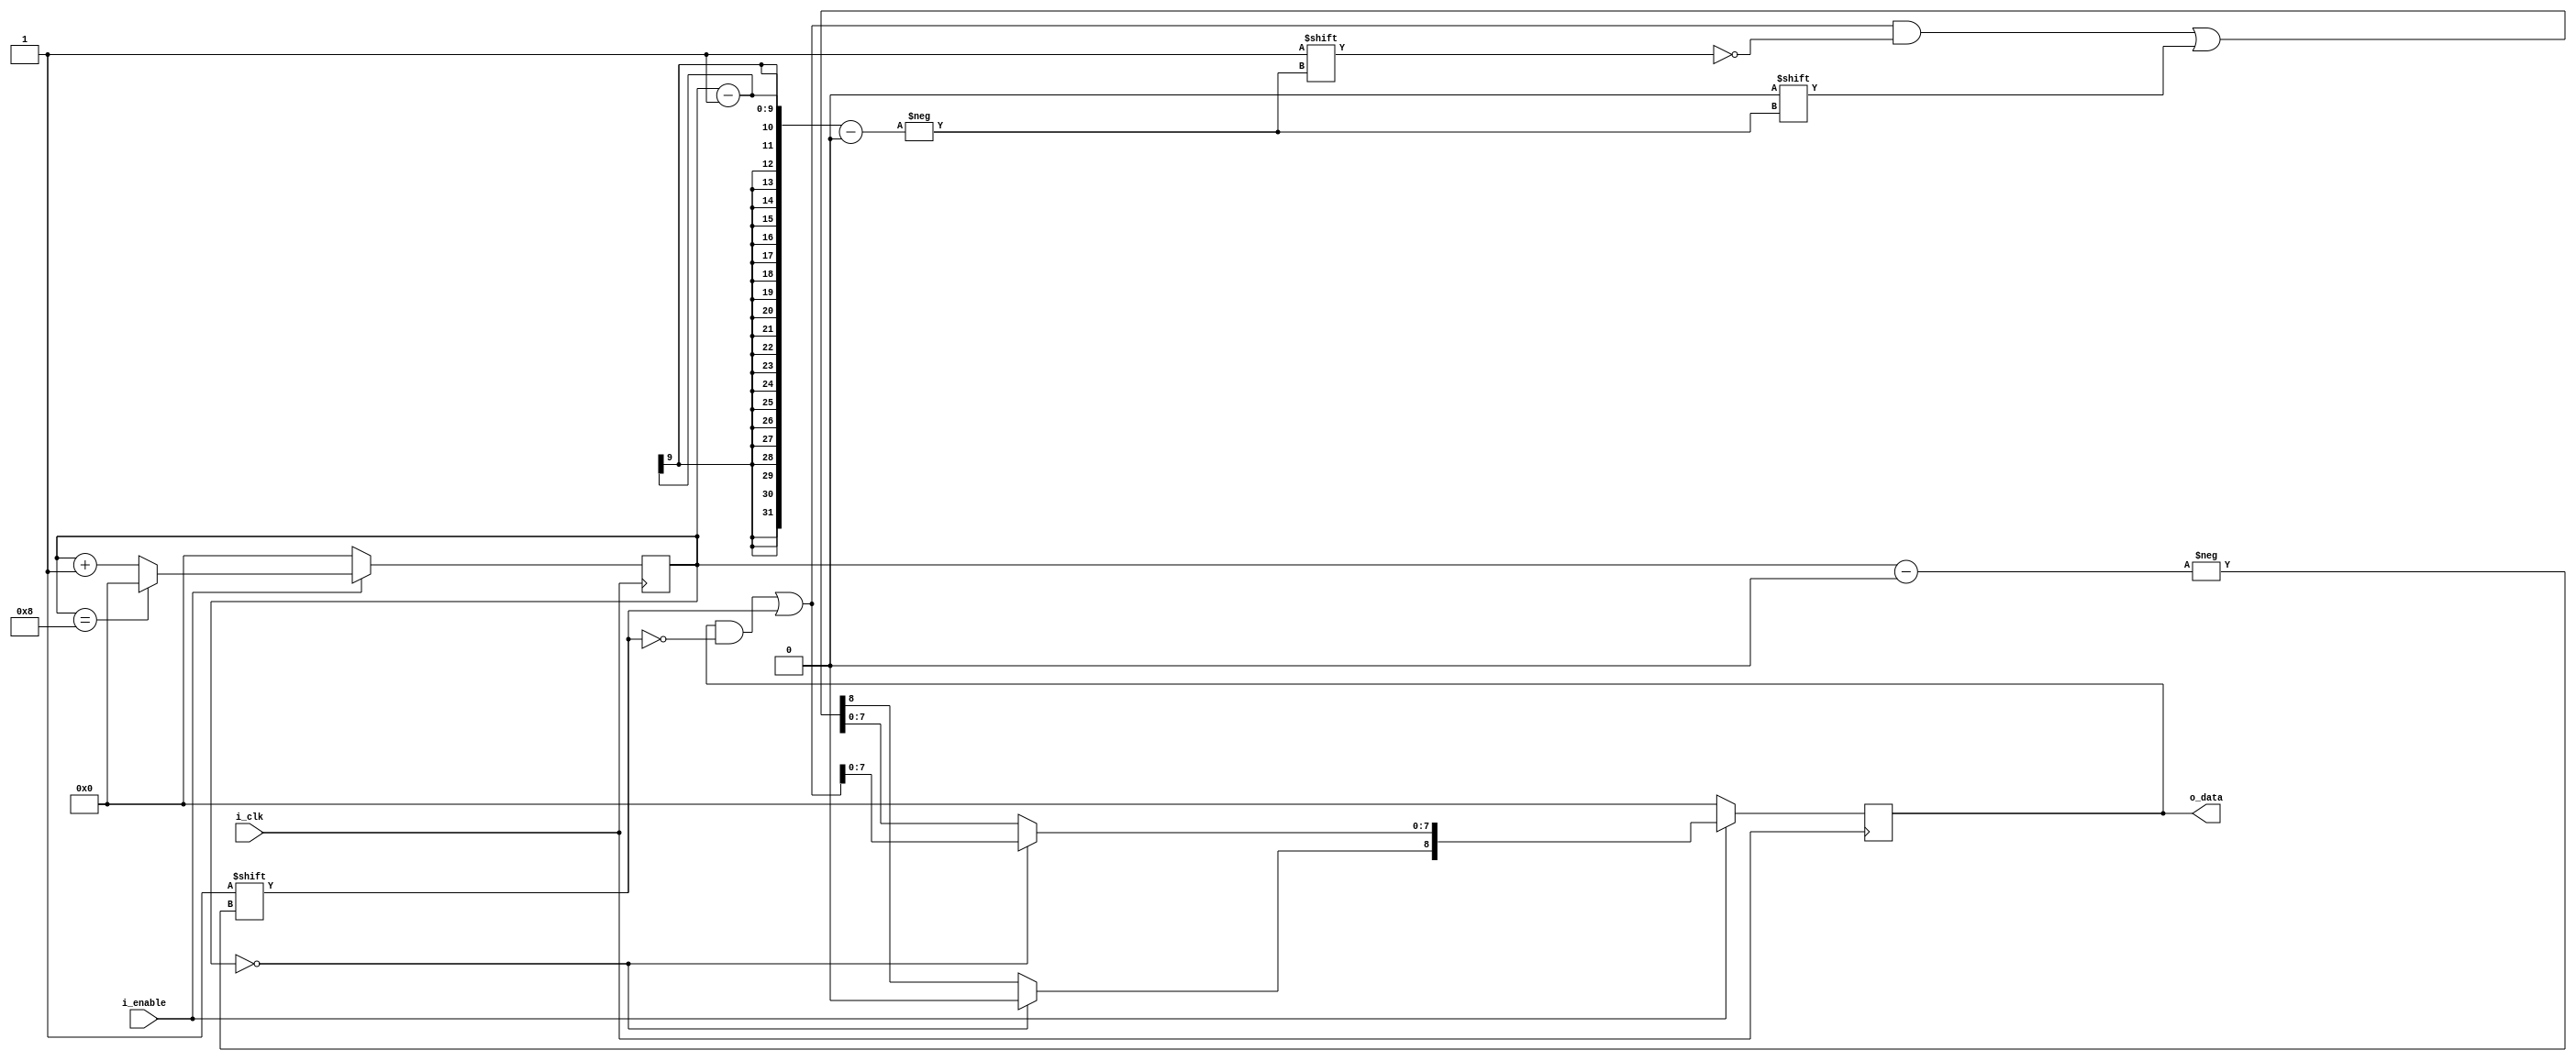
module shift_reg_row #(
    parameter ROW = 9
)(
    input i_clk,
    input i_enable,
    output [ROW-1:0] o_data 
);
    
reg [ROW-1:0] counter = 0;
reg [ROW-1:0] data = 0;
reg [ROW-1:0] data_out = 0;

//always @(posedge i_clk)begin
//    data_out <= data;
//end

assign o_data = data;

always @(posedge i_clk) begin
    if(i_enable) begin
        if (counter == ROW - 1)
            counter <= 0;
        else
            counter <= counter + 1;
            
        data[counter] <= 1;
        
        if (counter == 0)
            data[ROW - 1] <= 0;
        else
            data[counter - 1] <= 0;
    end else begin
        counter <= 0;
        data <= 0;
    end
end
    
endmodule


//module shift_reg_row#(
//    parameter ROW = 9
//)(
//    input i_clk,
//    input i_enable,
//    output [ROW-1:0] o_data 
//);

//reg [ROW-1:0] counter = 0;
//reg [ROW-1:0] data = 0;
//reg [ROW-1:0] data_out = 0;

//assign o_data = data;

//always @(posedge i_clk) begin
//    if(i_enable) begin
//        if (counter == ROW -1)
//            counter <= 0;
//        else
//            counter <= counter + 1;
        
//        data[counter] <= ~data;
       
//        if(ROW > 1) begin
//            if (counter == 0)
//                data[ROW - 1] <= 0;
//            else
//                data[counter - 1] <= 0;
//        end            
//    end else begin
//        counter <= 0;
//        data <= 0;
//    end
//end

//endmodule



//module shift_reg_row#(
//    parameter COL = 1,
//    parameter ROW = 9
//)(
//    input i_clk,
//    input i_enable,
//    output [ROW-1:0] o_write_enable
//);

//reg [ROW-1 : 0] wren = 0;
//reg [7:0] state = 0;
//reg [($clog2(ROW))-1:0] row_counter = 0;
//reg [($clog2(COL))-1 : 0] col_counter = 0;

//assign o_write_enable = wren;

//always @(posedge i_clk)begin
//    if(i_enable)begin
//        if(col_counter == COL)begin
//            wren <= 0;
//            col_counter <= 0;
//        end else begin
//            wren <= ~wren;
//            col_counter <= col_counter + 1;
//        end
//    end else begin
//        wren <= 0;
//        col_counter <= 0;
//    end
//end

//always @(posedge i_clk)begin
//    case(state)
//        0: begin
//            wren <= 0;
//            col_counter <= 0;
//            row_counter <= 0;
//            if(i_enable) begin
//                state <= 1;
//            end
//        end
        
//        1: begin
//            if(col_counter == COL)begin
//                wren <= 0;
//                state <= 0;
//            end else begin
//                wren <= ~wren;
//                col_counter <= col_counter + 1;
//            end
//        end
        
        
////        2: begin
////            if(row_counter == ROW) begin
////                state <= 1;
////                wren <= 0;
////                col_counter <= col_counter + 1;
////            end else begin
////                wren <= ~wren;
////                row_counter <= row_counter + 1;
////            end
////        end
        
//        default : begin
//            state <= 0;
//        end
        
//    endcase
//end

//endmodule